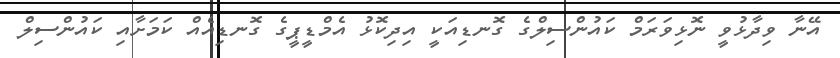
އޭނާ ވިދާޅުވީ ނޮޅިވަރަމް ކައުންސިލްގެ ގޮނޑިއަކީ އިދިކޮޅު އެމްޑީޕީގެ ގޮނޑިއެއް ކަމަށާއި ކައުންސިލް